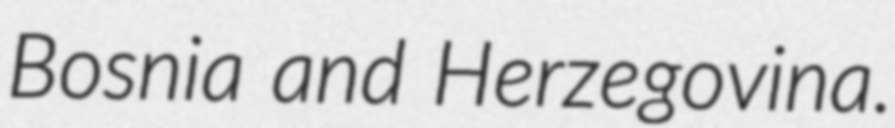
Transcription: Bosnia and Herzegovina.